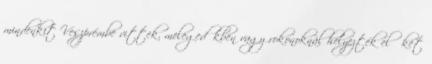
mindenkit Veszprémbe vittek, melegedőkben vagy rokonoknál helyezték el őket